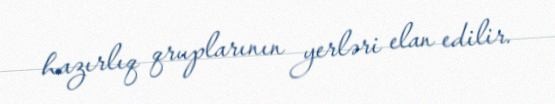
hazırlıq qruplarının yerləri elan edilir.